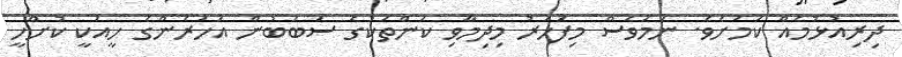
ދިރިއުޅުމެއް ކަމަށެވެ. ނަމަވެސް މިފަހަރު މިދިމާވި ކަންތަކުގެ ސަބަބުން އަހަރެންގެ ހީއަކީ ކުށްހީ